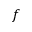
f